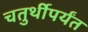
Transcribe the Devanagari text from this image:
चतुर्थीपर्यंत